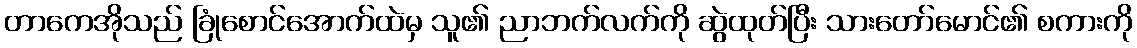
တာကေအိုသည် ခြုံစောင်အောက်ထဲမှ သူ၏ ညာဘက်လက်ကို ဆွဲထုတ်ပြီး သားတော်မောင်၏ စကားကို